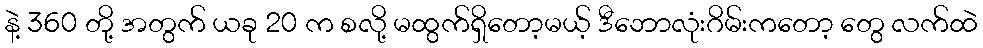
နဲ့ 360 တို့ အတွက် ယခု 20 က စလို့ မထွက်ရှိတော့မယ့် ဒီဘောလုံးဂိမ်းကတော့ တွေ လက်ထဲ